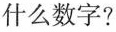
什么数字？